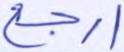
ارجع